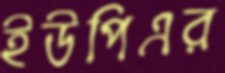
ইউপিএর